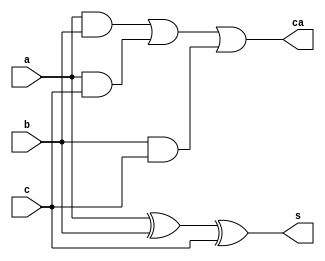
module FA(a,b,c,s,ca);
input a,b,c;
output reg s,ca;
always@(*)
 begin
  s = a^b^c;
  ca = (a&b)|(a&c)|(b&c);
 end
 endmodule